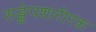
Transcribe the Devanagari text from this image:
सङ्क्षेपशारीरक